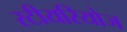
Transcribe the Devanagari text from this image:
स्टीयरियोज